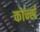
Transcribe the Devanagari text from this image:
कोर्न्स